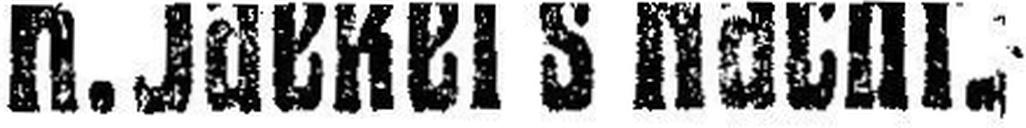
R. Jaekel's Nachf.